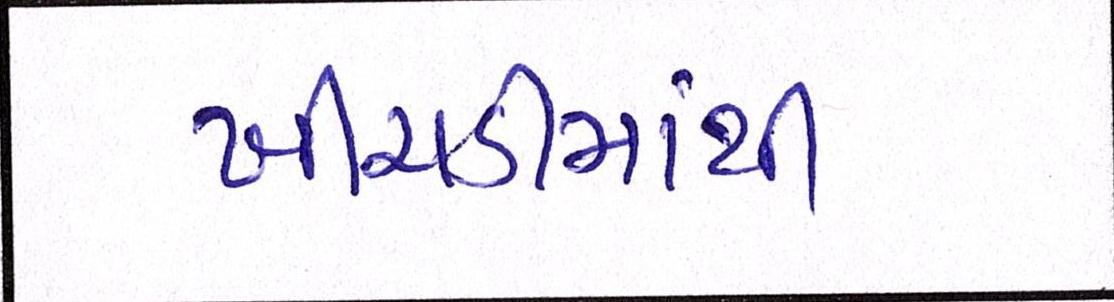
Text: ખીચડીમાંથી